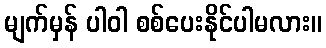
မျက်မှန် ပါဝါ စစ်ပေးနိုင်ပါမလား။